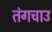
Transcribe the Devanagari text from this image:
तंगचाउ